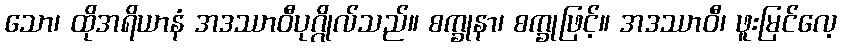
သော၊ ထိုအရိယာနံ အဒဿာဝီပုဂ္ဂိုလ်သည်။ စက္ခုနာ၊ စက္ခုဖြင့်။ အဒဿာဝီ၊ ဖူးမြင်လေ့